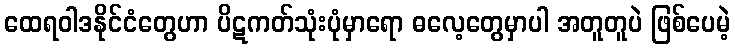
ထေရဝါဒနိုင်ငံတွေဟာ ပိဋကတ်သုံးပုံမှာရော ဓလေ့တွေမှာပါ အတူတူပဲ ဖြစ်ပေမဲ့